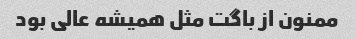
ممنون از باگت مثل همیشه عالی بود